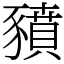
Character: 豶